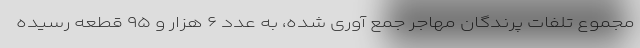
مجموع تلفات پرندگان مهاجر جمع آوری شده، به عدد ۶ هزار و ۹۵ قطعه رسیده